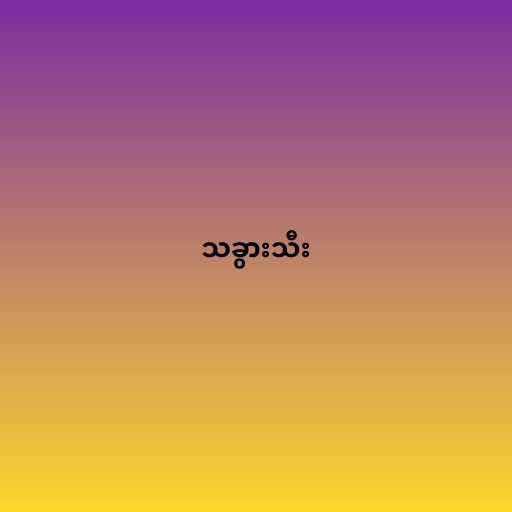
သခွားသီး